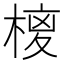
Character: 𭫉